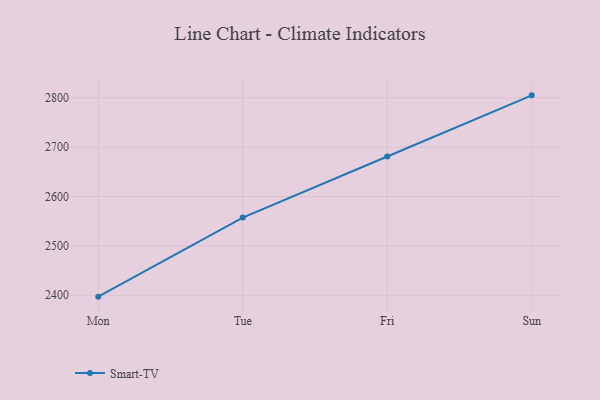
{"axis": {"x": "Day", "y": "Page Views"}, "legend": ["Smart-TV"], "data": [{"x": "Mon", "y": 2397.2, "type": "Smart-TV"}, {"x": "Tue", "y": 2557.3, "type": "Smart-TV"}, {"x": "Fri", "y": 2681.0, "type": "Smart-TV"}, {"x": "Sun", "y": 2804.9, "type": "Smart-TV"}]}